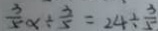
\frac { 3 } { 5 } x \div \frac { 3 } { 5 } = 2 4 \div \frac { 3 } { 5 }